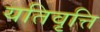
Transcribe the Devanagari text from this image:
यतिवृत्ति